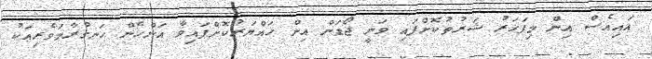
އައިއެސް އިން މިފަހަރު ޝަރުތުކޮށްފައި ވަނީ ޖޯޑަން އިން ހައްޔަރުކޮށްފައިވާ އަންހެން ހަނގުރާމަވެރިއަކު